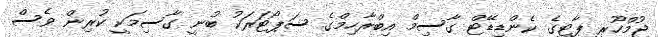
ޖުމްހޫރީ ޕާޓީގެ ކެންޑިޑޭޓް ގާސިމް އިބްރާހިމްގެ ސަޕޯޓަރަކު ބުނީ ގާސިމަކީ ކުރިން ވެސް